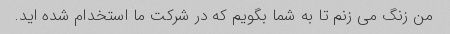
من زنگ می زنم تا به شما بگویم که در شرکت ما استخدام شده اید.